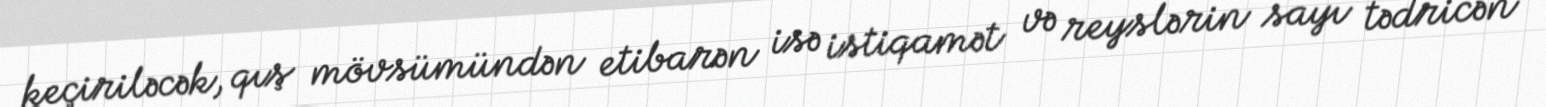
keçiriləcək, qış mövsümündən etibarən isə istiqamət və reyslərin sayı tədricən